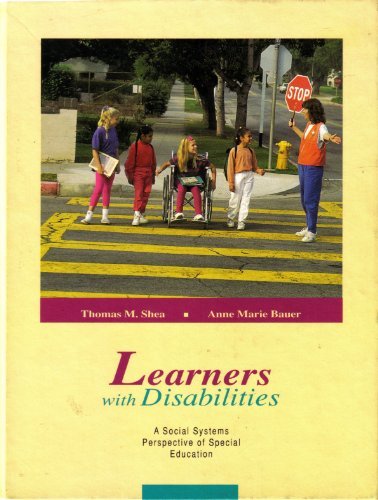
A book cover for Learners With Disabilities: A Social Systems Perspective of Special Education; Thomas M. Shea; Health, Fitness & Dieting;